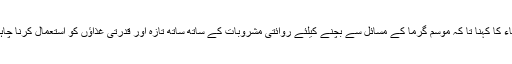
حکماء کا کہنا تا کہ موسم گرما کے مسائل سے بچنے کیلئے روائتی مشروبات کے ساتھ ساتھ تازہ اور قدرتی غذاؤں کو استعمال کرنا چاہیے ۔